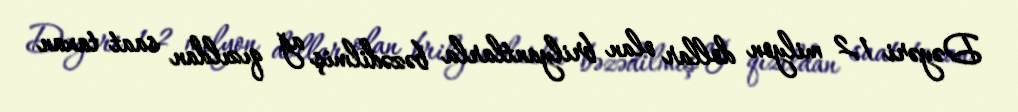
Dəyəri 1,2 milyon dollar olan brilyantlarla bəzədilmiş ağ qızıldan saat taxan